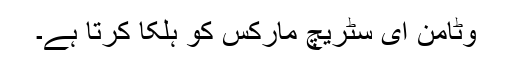
وٹامن ای سٹریچ مارکس کو ہلکا کرتا ہے۔